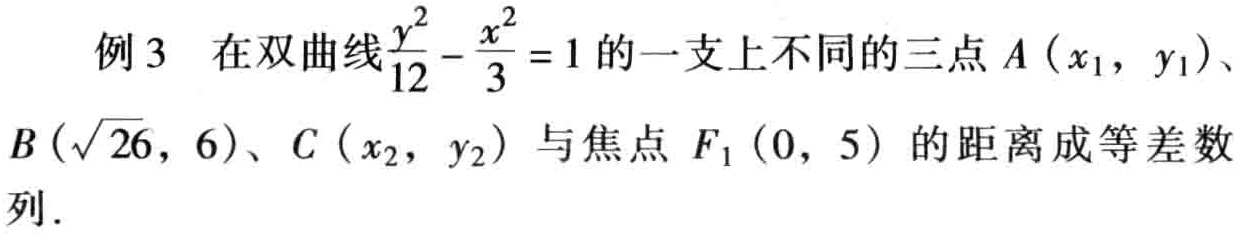
例3 在双曲线$\frac{y^{2}}{12}-\frac{x^{2}}{3}=1$的一支上不同的三点$A\left(x_{1},y_{1}\right)$、$B(\sqrt{26},6)$、$C\left(x_{2},y_{2}\right)$与焦点$F_{1}(0,5)$的距离成等差数列．